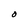
Character: O